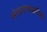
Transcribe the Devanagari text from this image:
संपादण्याकरिता